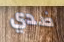
ضدي